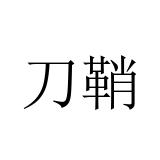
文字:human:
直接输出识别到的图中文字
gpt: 刀鞘